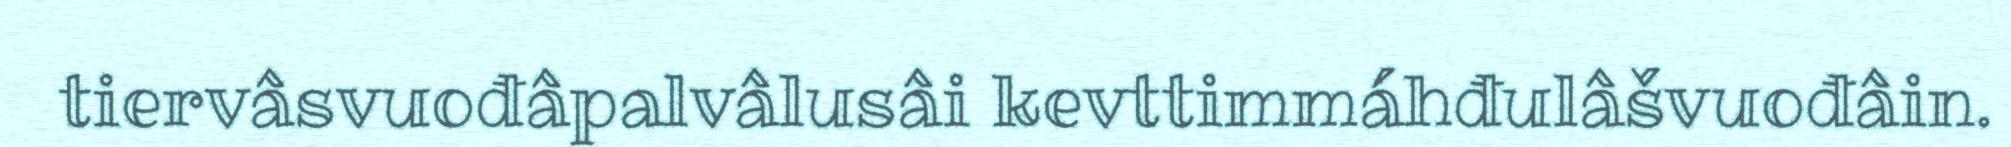
tiervâsvuođâpalvâlusâi kevttimmáhđulâšvuođâin.